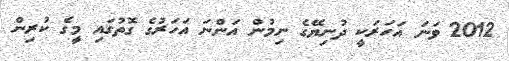
2012 ވަނަ އަހަރަކީ ދުނިޔޭގެ ނިމުން އަންނަ އަހަރުގެ ގޮތުގައި މީގެ ކުރިން